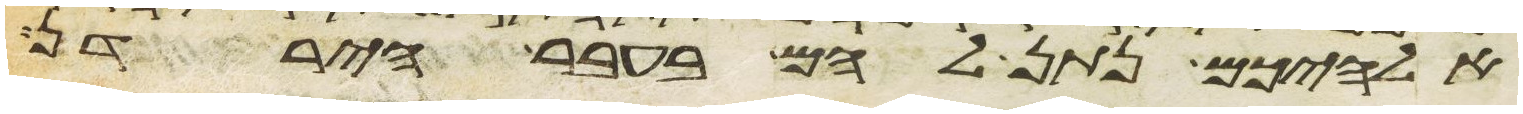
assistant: אלהיכם נתן להם בעבר הירדן